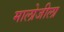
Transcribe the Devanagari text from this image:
मालोजीला